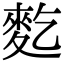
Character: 麧